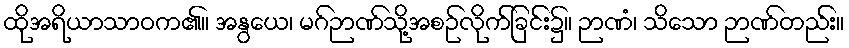
ထိုအရိယာသာဝက၏။ အနွယေ၊ မဂ်ဉာဏ်သို့အစဉ်လိုက်ခြင်း၌။ ဉာဏံ၊ သိသော ဉာဏ်တည်း။